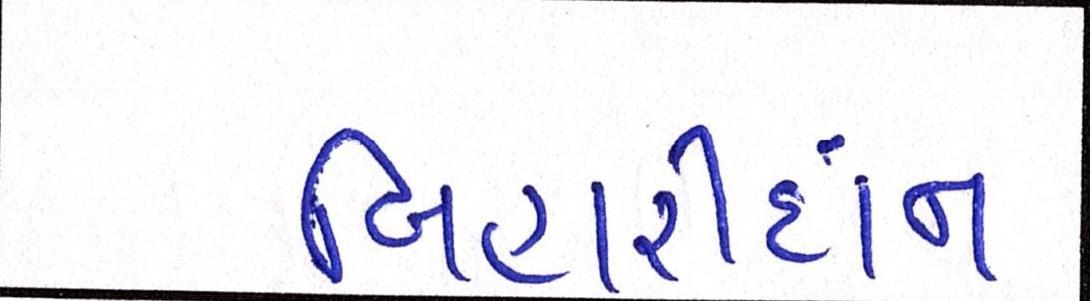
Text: બિહારીદાન